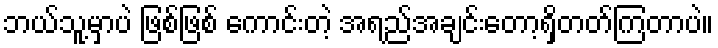
ဘယ်သူ့မှာပဲ ဖြစ်ဖြစ် ကောင်းတဲ့ အရည်အချင်းတော့ရှိတတ်ကြတာပဲ။